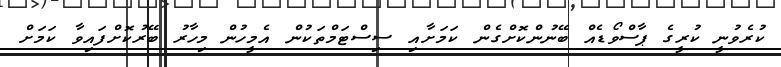
ކުރެވުނީ ކުރީގެ ޕާސްވޯޑެއް ބޭނުންކޮށްގެން ކަމަށާއި ސިސްޓަމްތަކުން އެމީހުން މިހާރު ބޭރުކޮށްފައިވާ ކަމަށް